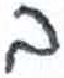
אות: ב